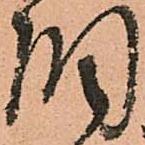
調